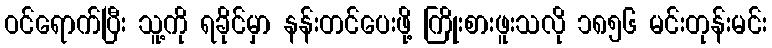
ဝင်ရောက်ပြီး သူ့ကို ရခိုင်မှာ နန်းတင်ပေးဖို့ ကြိုးစားဖူးသလို ၁၈၅၆ မင်းတုန်းမင်း